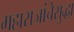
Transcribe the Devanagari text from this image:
महाराजांचेसुद्धा